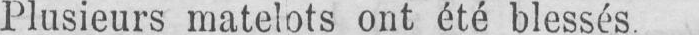
Plusieurs matelots ont été blessés.